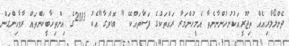
ދެންލޯލާރިއެއް ތިޖޫރީއަކުނުހުންނާނެތާ އެމީހުންމަރާ ރައްތަކުގެ ފަސާތައްކޭ " ބޮޑުވަގާ"އެކު 2013ގެ އިންތިޚާބީކަންތައް ރާވާހިންގަން